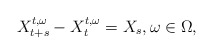
\begin{align*} X^{t,\omega}_{t+s}-X^{t,\omega}_t = X_s,\omega\in\Omega, \end{align*}